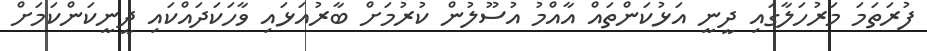
ފުރަތަމަ މަރުހަލާގައި ދީނީ އަޅުކަންތައް އާއްމު އުސޫލުން ކުރުމަށް ބާރުއަޅައި ވާހަކަދައްކައި ދީނީކަންކަމަށް